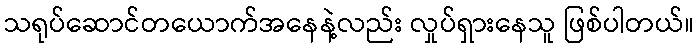
သရုပ်ဆောင်တယောက်အနေနဲ့လည်း လှုပ်ရှားနေသူ ဖြစ်ပါတယ်။